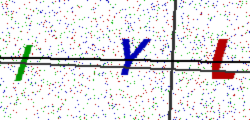
Text: IYL